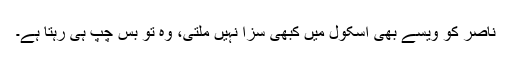
ناصر کو ویسے بھی اسکول میں کبھی سزا نہیں ملتی، وہ تو بس چپ ہی رہتا ہے۔